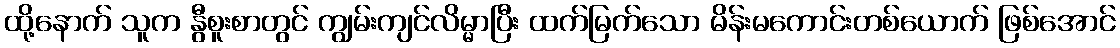
ထို့နောက် သူက နွီစူးစာတွင် ကျွမ်းကျင်လိမ္မာပြီး ထက်မြက်သော မိန်းမကောင်းတစ်ယောက် ဖြစ်အောင်